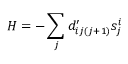
H = - \sum _ { j } d _ { i j ( j + 1 ) } ^ { \prime } s _ { j } ^ { i }